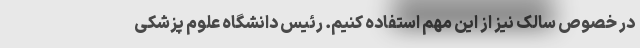
در خصوص سالک نیز از این مهم استفاده کنیم. رئیس دانشگاه علوم پزشکی